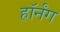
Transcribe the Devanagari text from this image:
हॉर्नंग